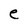
Character: e